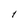
Character: 1